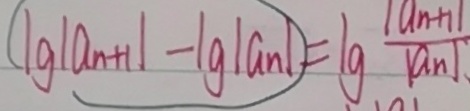
\vert g \vert a _ { n + 1 } \vert - \vert g \vert a _ { n } \vert = \vert g \frac { \vert a _ { n + 1 } \vert } { \vert a _ { n } \vert . }